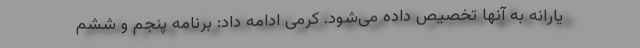
یارانه به آنها تخصیص داده می‌شود. کرمی ادامه داد: برنامه پنجم و ششم